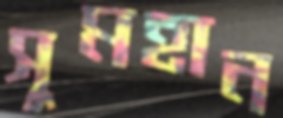
সুমহান